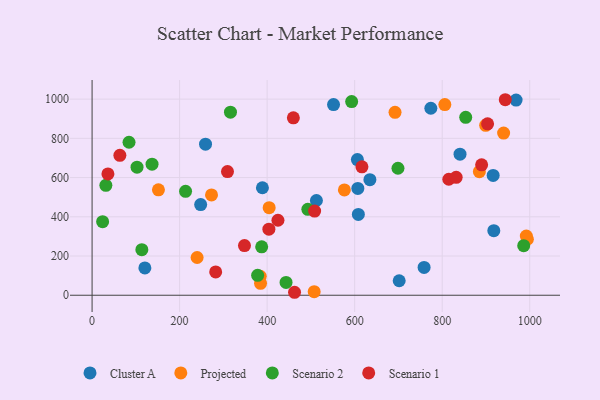
{"axis": {"x": "Ad Spend", "y": "Exam Score"}, "legend": ["Cluster A", "Projected", "Scenario 1", "Scenario 2"], "data": [{"x": "917.9", "y": 329.3, "type": "Cluster A"}, {"x": "916.4", "y": 611.1, "type": "Cluster A"}, {"x": "758.6", "y": 141.6, "type": "Cluster A"}, {"x": "968.8", "y": 995.2, "type": "Cluster A"}, {"x": "607.2", "y": 544.9, "type": "Cluster A"}, {"x": "389.2", "y": 548.1, "type": "Cluster A"}, {"x": "248.1", "y": 462.1, "type": "Cluster A"}, {"x": "634.8", "y": 589.5, "type": "Cluster A"}, {"x": "840.7", "y": 719.1, "type": "Cluster A"}, {"x": "259.2", "y": 770.3, "type": "Cluster A"}, {"x": "512.6", "y": 483.1, "type": "Cluster A"}, {"x": "774.0", "y": 953.6, "type": "Cluster A"}, {"x": "606.2", "y": 691.9, "type": "Cluster A"}, {"x": "608.4", "y": 412.1, "type": "Cluster A"}, {"x": "701.7", "y": 73.9, "type": "Cluster A"}, {"x": "551.7", "y": 972.4, "type": "Cluster A"}, {"x": "120.6", "y": 139.4, "type": "Cluster A"}, {"x": "240.0", "y": 192.5, "type": "Projected"}, {"x": "507.5", "y": 18.4, "type": "Projected"}, {"x": "384.9", "y": 60.8, "type": "Projected"}, {"x": "940.3", "y": 827.1, "type": "Projected"}, {"x": "404.6", "y": 446.6, "type": "Projected"}, {"x": "992.2", "y": 301.7, "type": "Projected"}, {"x": "806.0", "y": 972.4, "type": "Projected"}, {"x": "576.5", "y": 536.8, "type": "Projected"}, {"x": "994.6", "y": 285.4, "type": "Projected"}, {"x": "884.9", "y": 630.3, "type": "Projected"}, {"x": "692.2", "y": 932.8, "type": "Projected"}, {"x": "899.3", "y": 866.3, "type": "Projected"}, {"x": "272.9", "y": 511.4, "type": "Projected"}, {"x": "151.6", "y": 537.7, "type": "Projected"}, {"x": "384.2", "y": 96.4, "type": "Projected"}, {"x": "316.2", "y": 933.3, "type": "Scenario 2"}, {"x": "493.0", "y": 438.0, "type": "Scenario 2"}, {"x": "443.2", "y": 65.2, "type": "Scenario 2"}, {"x": "31.5", "y": 560.4, "type": "Scenario 2"}, {"x": "102.7", "y": 652.8, "type": "Scenario 2"}, {"x": "137.0", "y": 668.1, "type": "Scenario 2"}, {"x": "387.5", "y": 246.8, "type": "Scenario 2"}, {"x": "213.6", "y": 530.0, "type": "Scenario 2"}, {"x": "84.4", "y": 780.1, "type": "Scenario 2"}, {"x": "698.9", "y": 647.5, "type": "Scenario 2"}, {"x": "113.7", "y": 232.5, "type": "Scenario 2"}, {"x": "853.7", "y": 907.3, "type": "Scenario 2"}, {"x": "378.3", "y": 101.4, "type": "Scenario 2"}, {"x": "24.1", "y": 375.0, "type": "Scenario 2"}, {"x": "986.2", "y": 252.7, "type": "Scenario 2"}, {"x": "593.1", "y": 987.6, "type": "Scenario 2"}, {"x": "508.5", "y": 429.0, "type": "Scenario 1"}, {"x": "890.1", "y": 664.8, "type": "Scenario 1"}, {"x": "424.7", "y": 382.3, "type": "Scenario 1"}, {"x": "462.6", "y": 15.1, "type": "Scenario 1"}, {"x": "815.1", "y": 591.5, "type": "Scenario 1"}, {"x": "831.9", "y": 601.4, "type": "Scenario 1"}, {"x": "459.9", "y": 904.8, "type": "Scenario 1"}, {"x": "63.5", "y": 713.3, "type": "Scenario 1"}, {"x": "36.2", "y": 618.7, "type": "Scenario 1"}, {"x": "616.6", "y": 654.7, "type": "Scenario 1"}, {"x": "903.7", "y": 874.2, "type": "Scenario 1"}, {"x": "309.4", "y": 630.5, "type": "Scenario 1"}, {"x": "282.4", "y": 118.9, "type": "Scenario 1"}, {"x": "348.2", "y": 253.4, "type": "Scenario 1"}, {"x": "944.1", "y": 997.0, "type": "Scenario 1"}, {"x": "404.0", "y": 336.9, "type": "Scenario 1"}]}